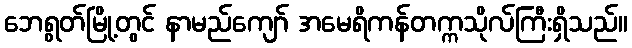
ဘေရွတ်မြို့တွင် နာမည်ကျော် အမေရိကန်တက္ကသိုလ်ကြီးရှိသည်။